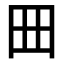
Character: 𡆪